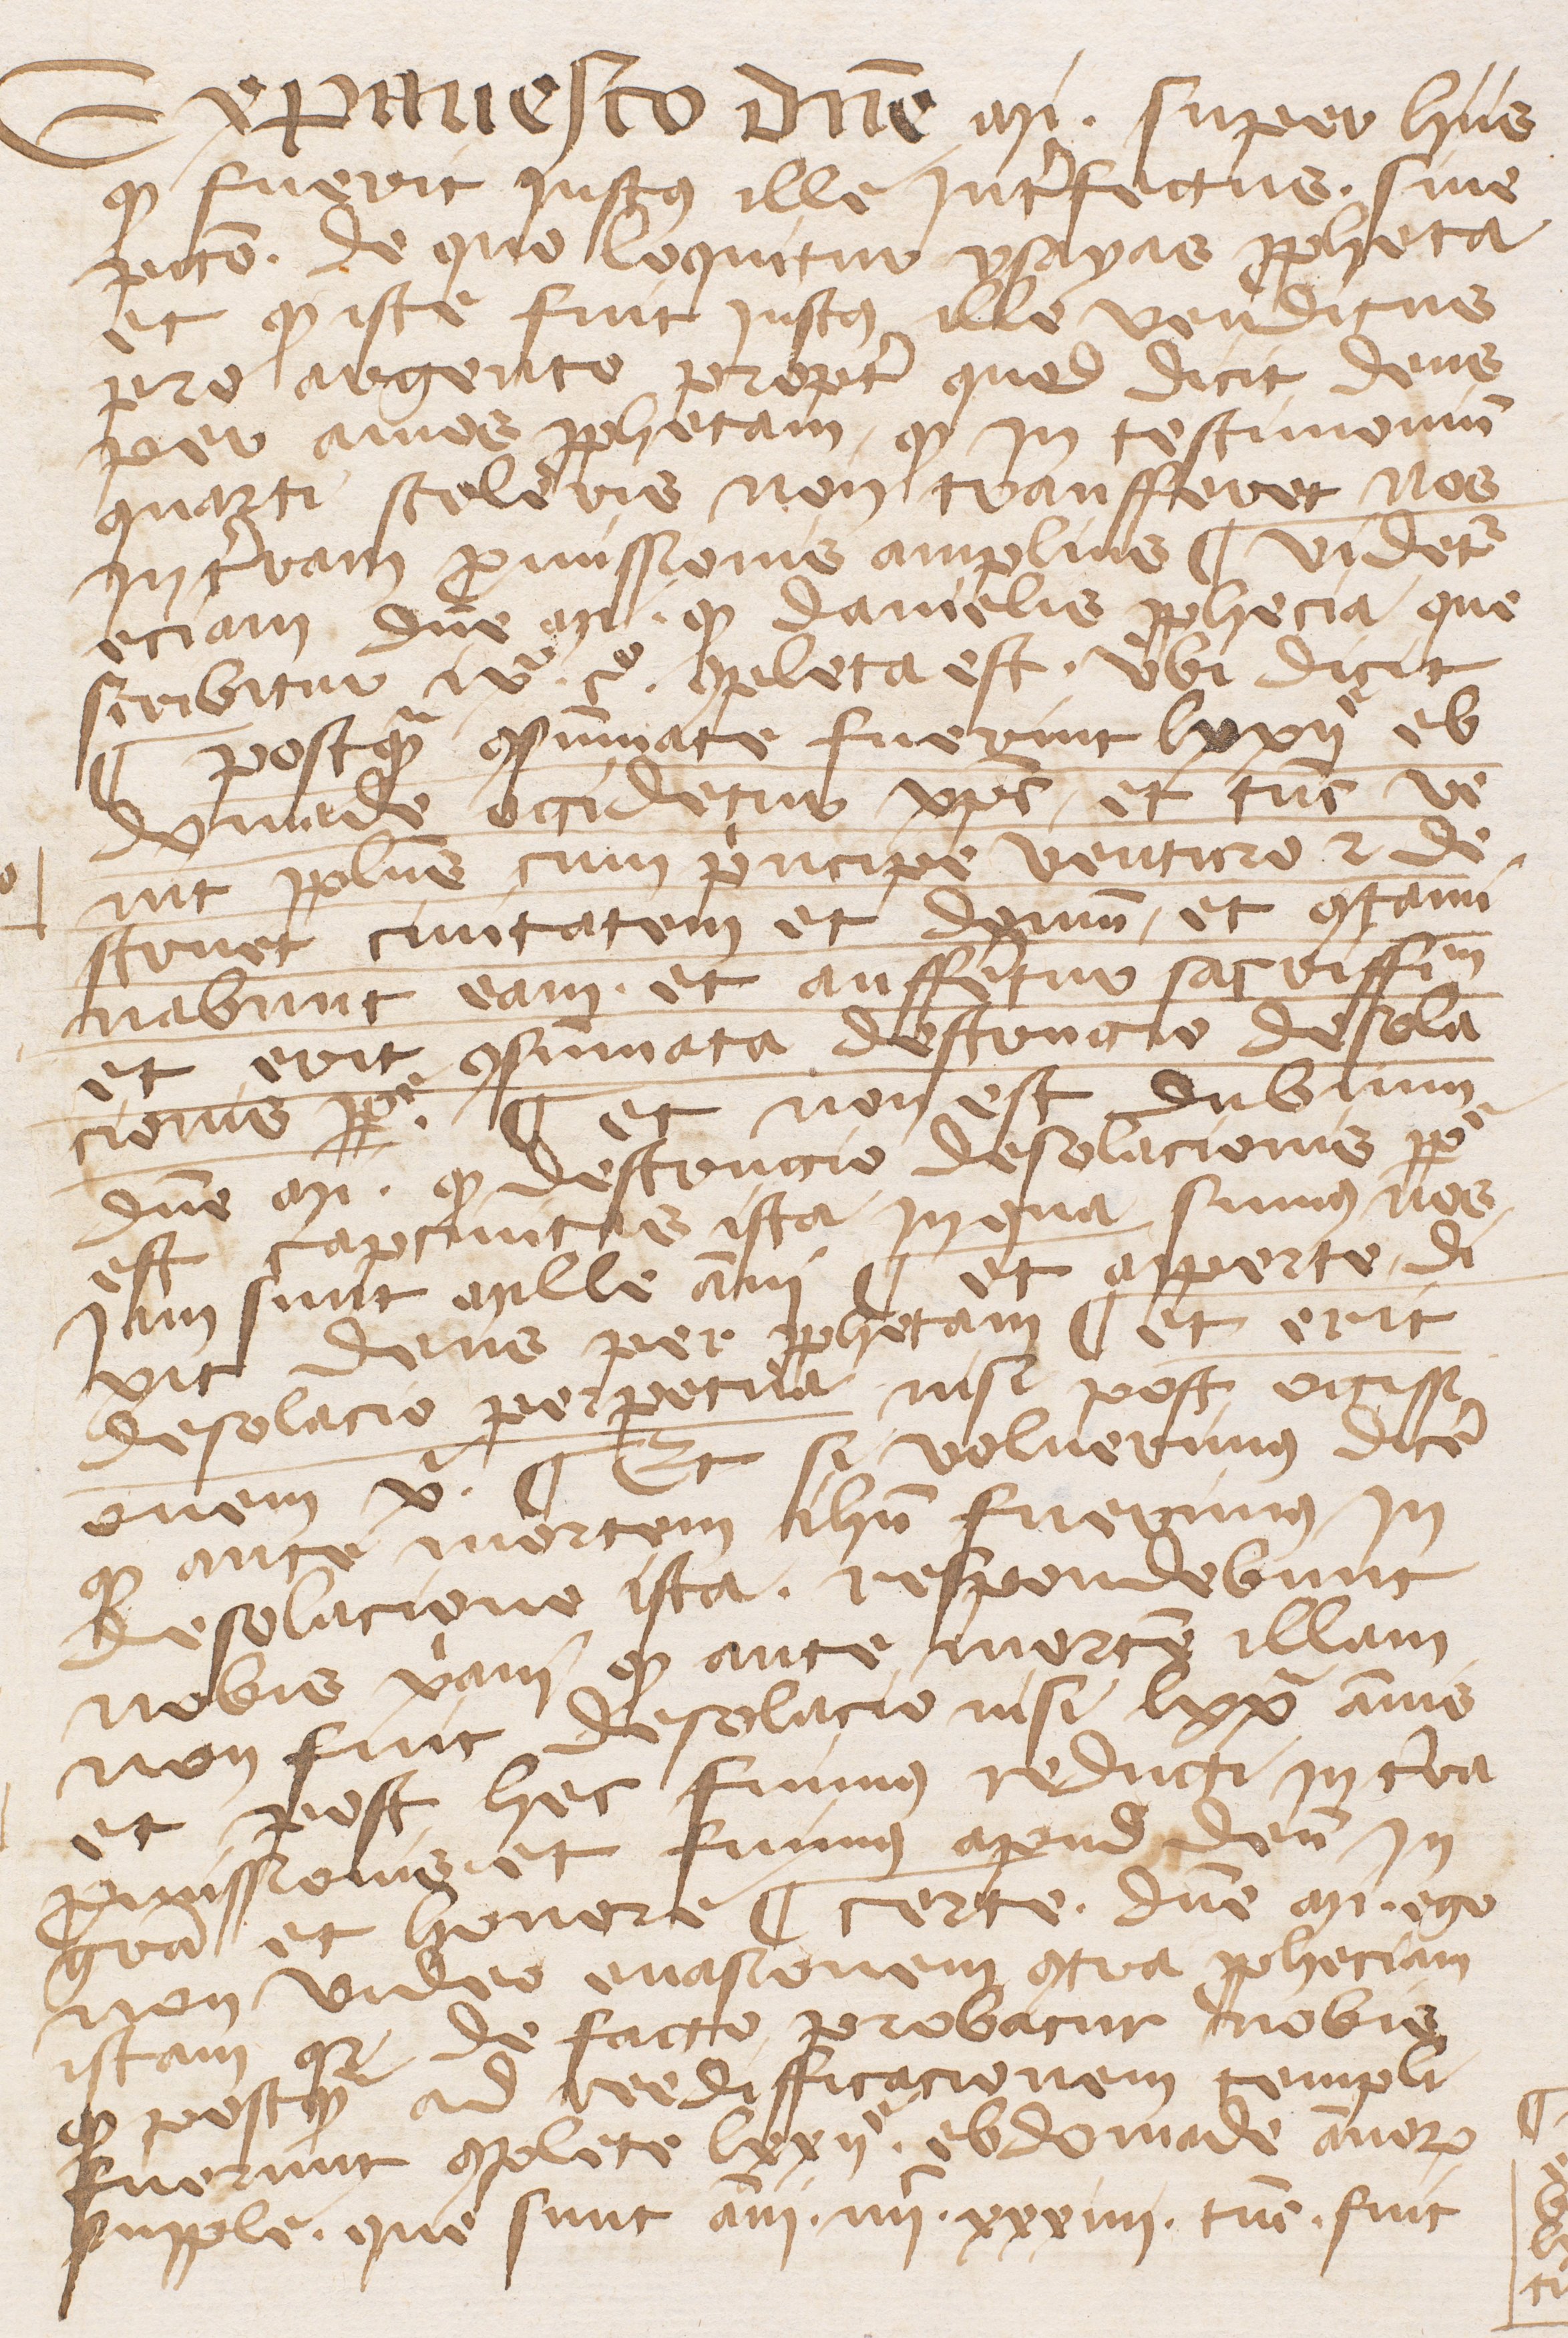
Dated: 1345–1355